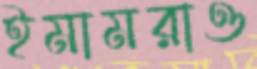
ইমামরাও